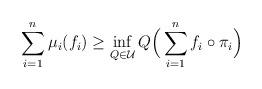
LaTeX: \begin{gather*}\sum_{i=1}^n\mu_i(f_i)\ge\inf_{Q\in\mathcal{U}}Q\Bigl(\,\sum_{i=1}^nf_i\circ\pi_i\Bigr)\end{gather*}